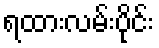
ရထားလမ်းပိုင်း